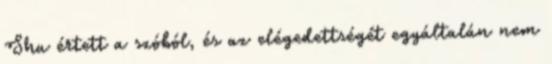
Shu értett a szóból, és az elégedettségét egyáltalán nem